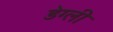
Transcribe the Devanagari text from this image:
डेग्ली